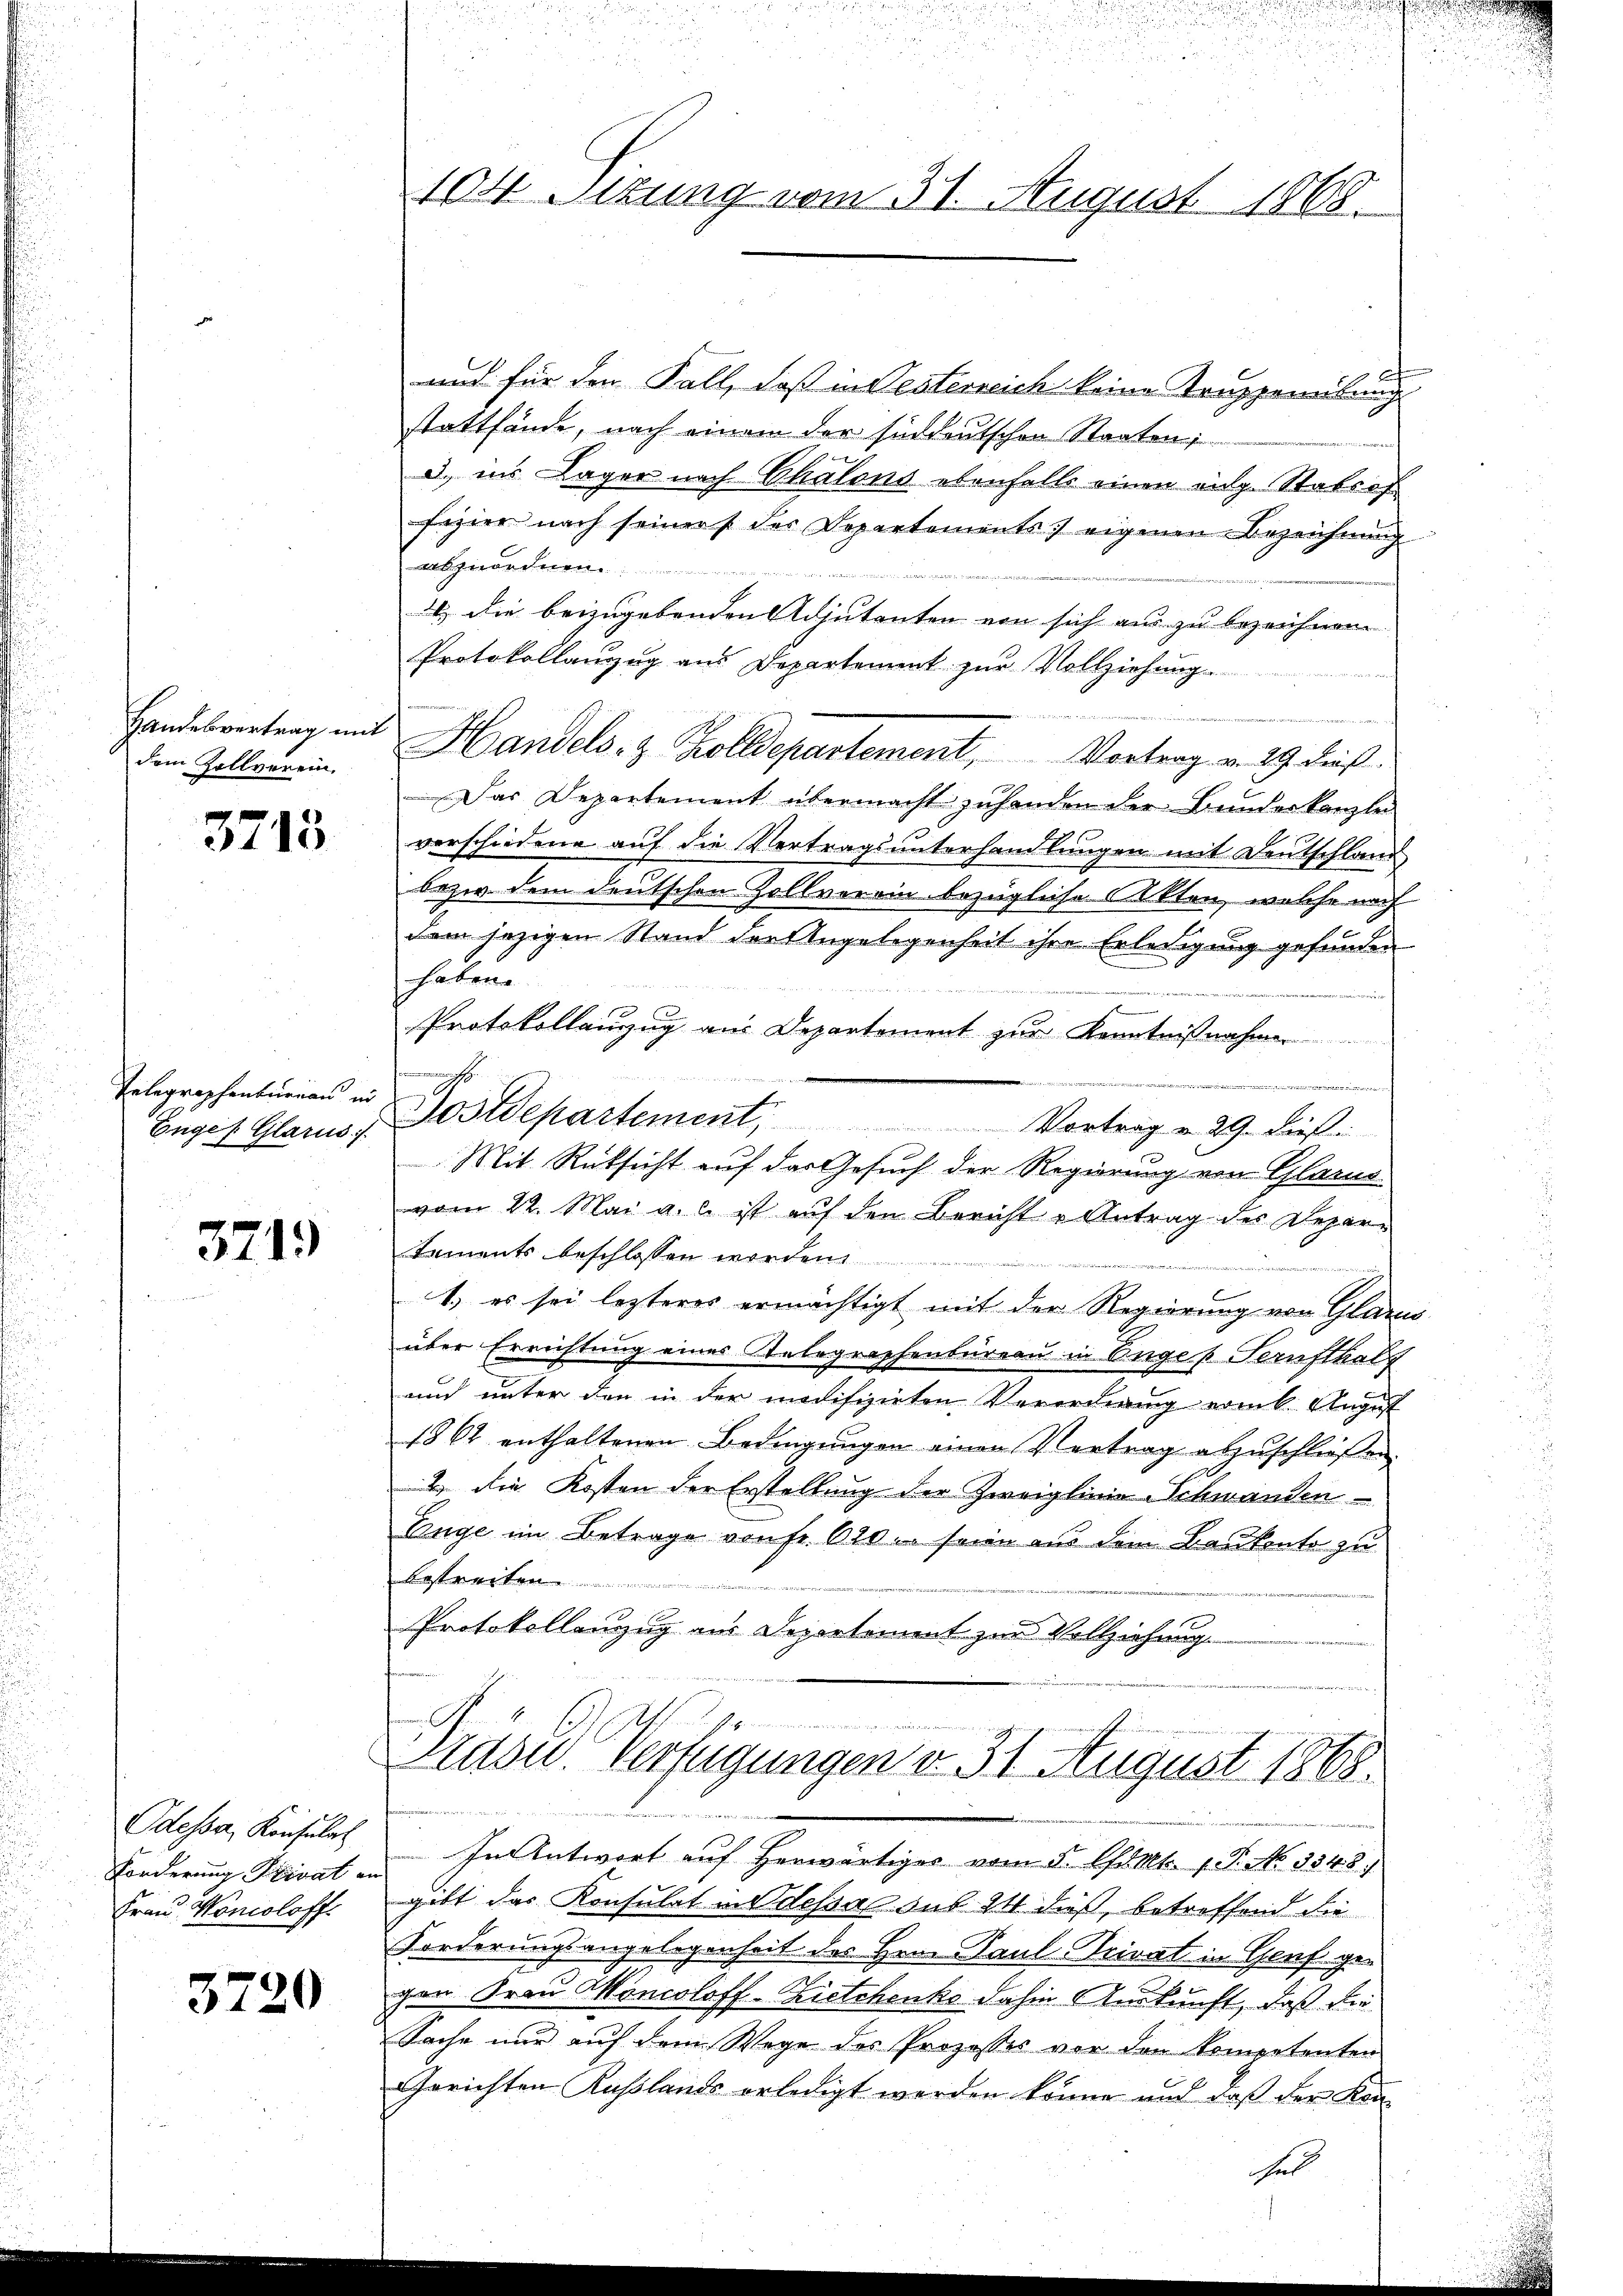
Handesvertrag mit
dem Zollverein.

3713

Telegraphenbureau in
Engel Glarus

3719

Odessa, Konsula
Forderung Privat an
Frau Moncoloff

3720

104 Sizung vom 31. August 1868.

und für den Fall, daß in desterreich keine Truppeneikung
stattfände, nach einem der süddeutschen Staaten
d. in Lager nach Chalons ebenfalls einen eidg. Stabsof
fizier nach seiners des Departements eigenen Bezeichnung
.
I. die beizugebenden Adjutanten von sich aus zu bezeichnen.
Protokollanzug aus Departement zur Vollziehung.
ch
Handels- & Zolldepartement, Vortrag v. 29 dieß
Das Departement übermacht zu handen der Bunderkanzle
verschiedene auf die Vertragsunterhandlungen mit Deutschland
bezir dem deutschen Zollverein bezügliche Akten, welche nach
dem jezigen Stand der Angelegenheit ihre Erledigung gefunden
shaben
e
Protokollanzug aus Departement zur Kenntn
m
n
Dostdepartement, Vortrag v. 29. dies
Mit Rücksicht auf das Gesuch der Regierung von Glarus
vom 22. Mai a. c. ist auf den Bericht u Antrag des Depar¬
Saments beschlossen worden
.
F
1.) es sei lezteres ermächtigt mit der Regierung von Glarus
über Errichtung eines telegraphenbureau in Anges Sanftkalg
und unter den in der modifizirten Verorderung erint. August
1862 enthaltenen Bedingungen einen Vertrag abzuschließen.
2 die Kosten der Erstellung der Zweiglinie-Schwanden
Enge im Betrage von fr. 620. seien aus dem Baukonto zu
bestreiten
Protokollenzug aus Departement zur Vollziehung.
Prüse Verfügungen v. 31 August 1868.

In Antwort auf herwärtiges vom 5. Ant. 18. No. 3348.
gibt das Konsulat in dessas sub 14 dieß, betreffend die
Forderungsangelegenheit des Hrn. Paul-Privat in Genf gen
gen Frau Moncoloff-Zietchenko dahin Auskunft, daß die
Sache nur auf dem Wege des Prozesses vor den kompetenten
Gerichten Russlands erledigt werden könne und daß der Kan
he

9